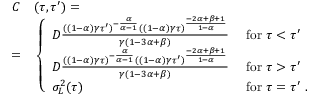
\begin{array} { r l } { C } & { { } ( \tau , \tau ^ { \prime } ) = } \\ { = } & { { } \left\{ \begin{array} { l l } { D \frac { ( ( 1 - \alpha ) \gamma \tau ^ { \prime } ) ^ { - \frac { \alpha } { \alpha - 1 } } ( ( 1 - \alpha ) \gamma \tau ) ^ { \frac { - 2 \alpha + \beta + 1 } { 1 - \alpha } } } { \gamma ( 1 - 3 \alpha + \beta ) } } & { \ \mathrm { f o r } \ \tau < \tau ^ { \prime } } \\ { D \frac { ( ( 1 - \alpha ) \gamma \tau ) ^ { - \frac { \alpha } { \alpha - 1 } } ( ( 1 - \alpha ) \gamma \tau ^ { \prime } ) ^ { \frac { - 2 \alpha + \beta + 1 } { 1 - \alpha } } } { \gamma ( 1 - 3 \alpha + \beta ) } } & { \ \mathrm { f o r } \ \tau > \tau ^ { \prime } } \\ { \sigma _ { L } ^ { 2 } ( \tau ) } & { \ \mathrm { f o r } \ \tau = \tau ^ { \prime } \ . } \end{array} \right. } \end{array}